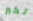
تكبر